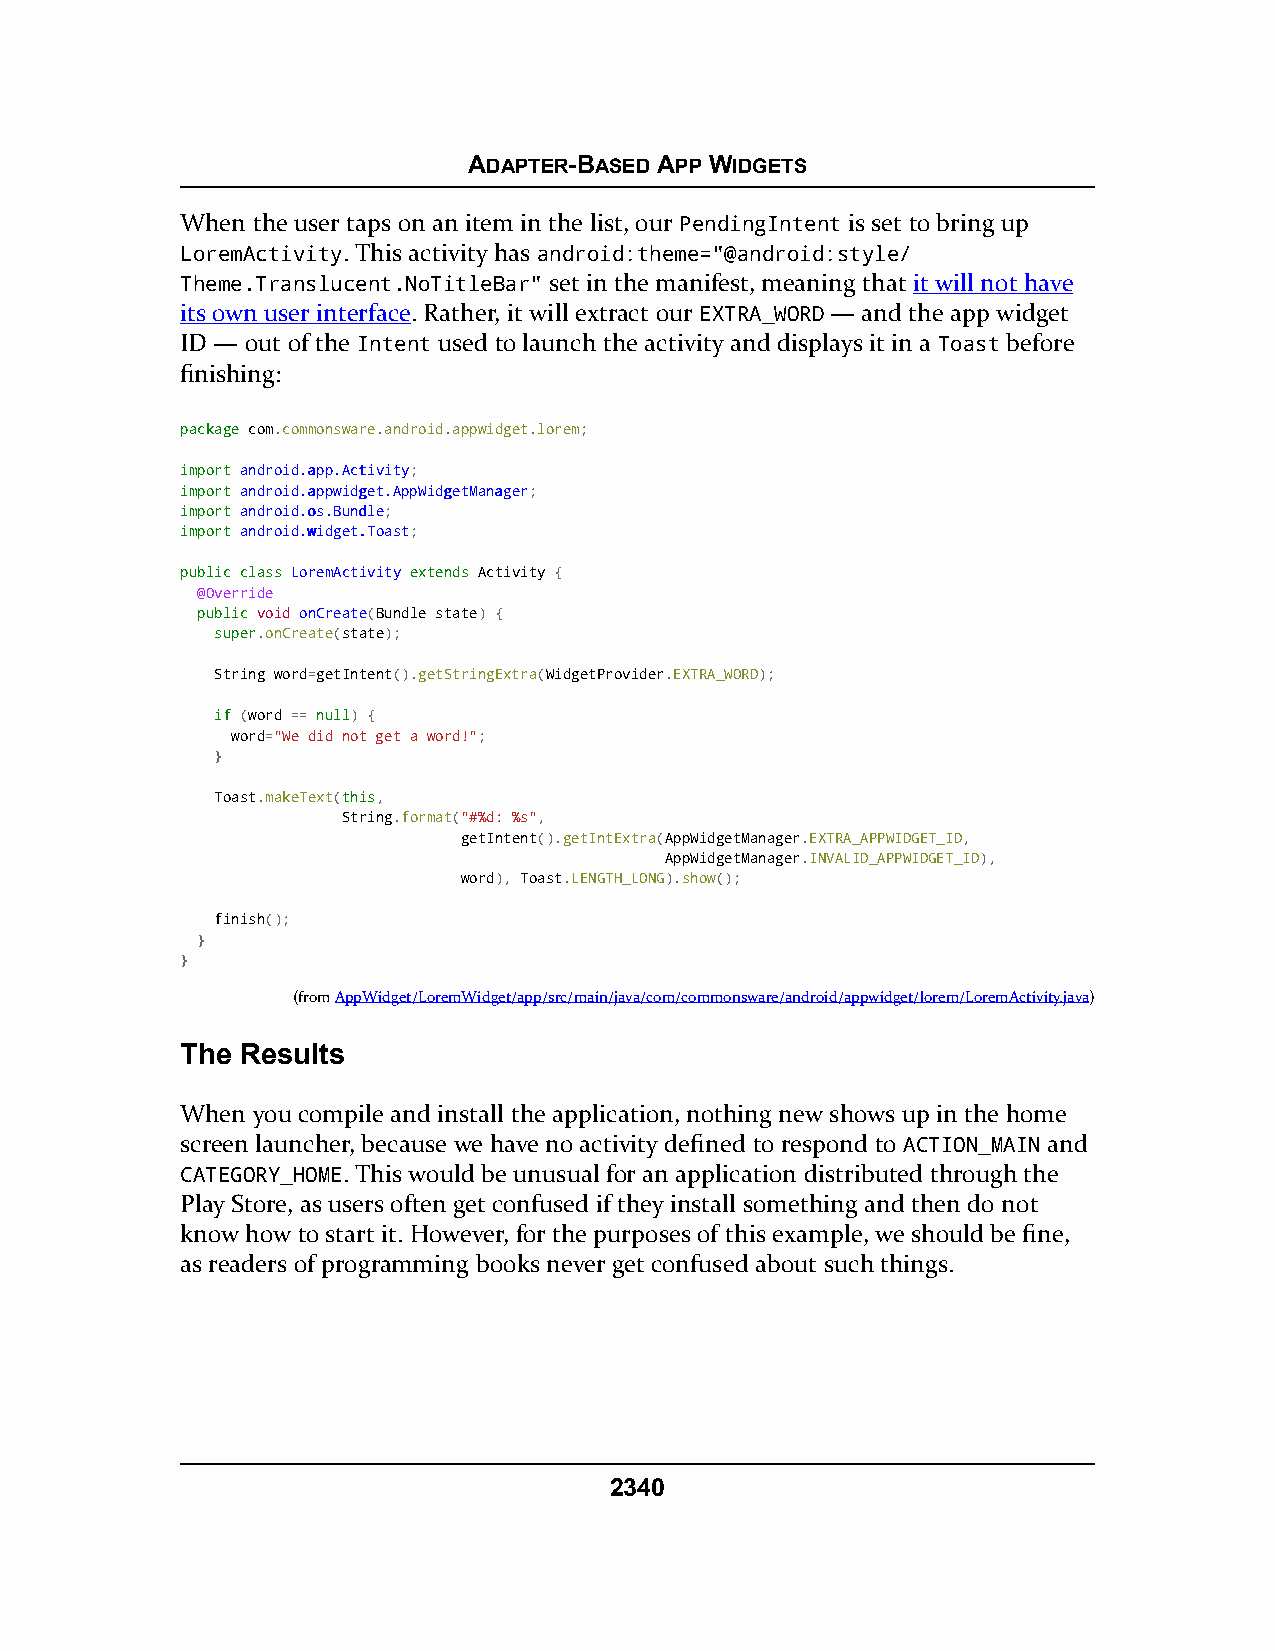
ADAPTER-BASED APP WIDGETS
 When the user taps on an item in the list, our PendingIntent is set to bring up
 LoremActivity. This activity has android:theme="@android:style/
 Theme.Translucent.NoTitleBar" set in the manifest, meaning that it will not have
 its own user interface. Rather, it will extract our EXTRA_WORD — and the app widget
 ID — out of the Intent used to launch the activity and displays it in a Toast before
 finishing:
 ppaacckkaaggee com.commonsware.android.appwidget.lorem;
 iimmppoorrtt aannddrrooiidd..aapppp..AAccttiivviittyy;
 iimmppoorrtt aannddrrooiidd..aappppwwiiddggeett..AAppppWWiiddggeettMMaannaaggeerr;
 iimmppoorrtt aannddrrooiidd..ooss..BBuunnddllee;
 iimmppoorrtt aannddrrooiidd..wwiiddggeett..TTooaasstt;
 ppuubblliicc ccllaassss LLoorreemmAAccttiivviittyy eexxtteennddss Activity {
 @Override
 ppuubblliicc void onCreate(Bundle state) {
 ssuuppeerr.onCreate(state);
 String word=getIntent().getStringExtra(WidgetProvider.EXTRA_WORD);
 iiff (word == nnuullll) {
 word="We did not get a word!";
 }
 Toast.makeText(tthhiiss,
 String.format("#%d: %s",
 getIntent().getIntExtra(AppWidgetManager.EXTRA_APPWIDGET_ID,
 AppWidgetManager.INVALID_APPWIDGET_ID),
 word), Toast.LENGTH_LONG).show();
 finish();
 }
 }
 (fromAppWidget/LoremWidget/app/src/main/java/com/commonsware/android/appwidget/lorem/LoremActivity.java)
 The Results
 When you compile and install the application, nothing new shows up in the home
 screen launcher, because we have no activity defined to respond to ACTION_MAIN and
 CATEGORY_HOME. This would be unusual for an application distributed through the
 Play Store, as users often get confused if they install something and then do not
 know how to start it. However, for the purposes of this example, we should be fine,
 as readers of programming books never get confused about such things.
 2340